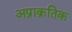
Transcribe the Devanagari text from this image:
अप्राक्रतिक